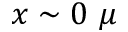
x \sim 0 \ \mu